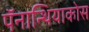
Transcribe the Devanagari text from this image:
पॅनान्थियाकोस